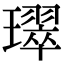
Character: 璻